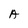
Character: A